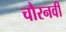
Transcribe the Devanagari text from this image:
चौरनवीं